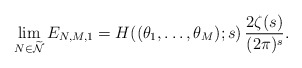
\begin{align*}\lim_{N\in\widetilde{\mathcal{N}}} E_{N,M,1}=H((\theta_{1},\ldots,\theta_{M});s)\,\frac{2\zeta(s)}{(2\pi)^{s}}.\end{align*}